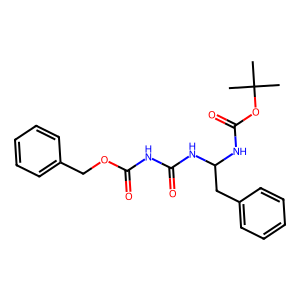
SMILES: CC(C)(C)OC(=O)NC(Cc1ccccc1)NC(=O)NC(=O)OCc1ccccc1
Inhibits HIV replication: No